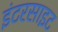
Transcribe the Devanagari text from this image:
इंटरसाइट